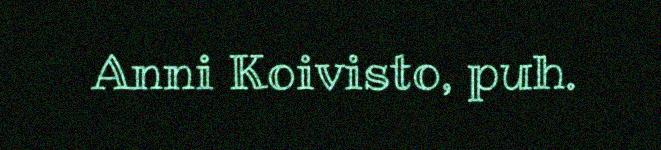
Anni Koivisto, puh.